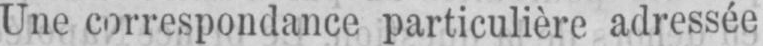
Une correspondance particulière adressée